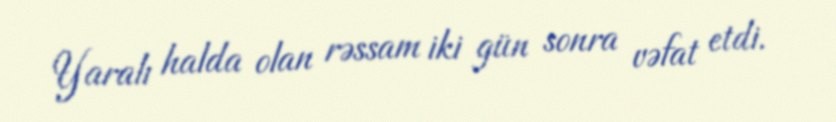
Yaralı halda olan rəssam iki gün sonra vəfat etdi.